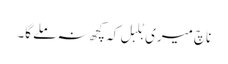
ناچ میری بُلبل کہ کچھ نہ ملے گا۔